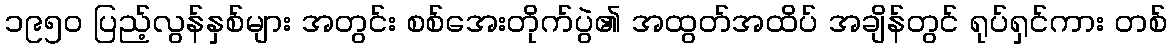
၁၉၅၀ ပြည့်လွန်နှစ်များ အတွင်း စစ်အေးတိုက်ပွဲ၏ အထွတ်အထိပ် အချိန်တွင် ရုပ်ရှင်ကား တစ်